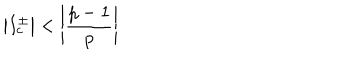
\left| I _ { c } ^ { \pm } \right| < \left| \displaystyle \frac { p - 1 } { p } \right|